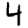
Digit: 4